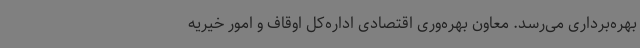
بهره‌برداری می‌رسد. معاون بهره‌وری اقتصادی اداره‌کل اوقاف و امور خیریه